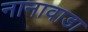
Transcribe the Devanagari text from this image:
नानावाडा